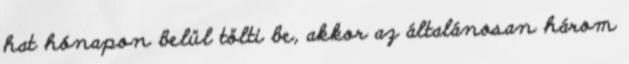
hat hónapon belül tölti be, akkor az általánosan három